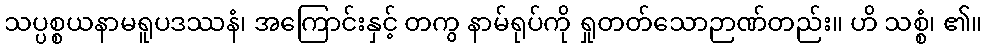
သပ္ပစ္စယနာမရူပဒဿနံ၊ အကြောင်းနှင့် တကွ နာမ်ရုပ်ကို ရှုတတ်သောဉာဏ်တည်း။ ဟိ သစ္စံ၊ ၏။